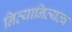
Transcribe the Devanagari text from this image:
नित्यानित्यत्व